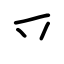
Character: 乊